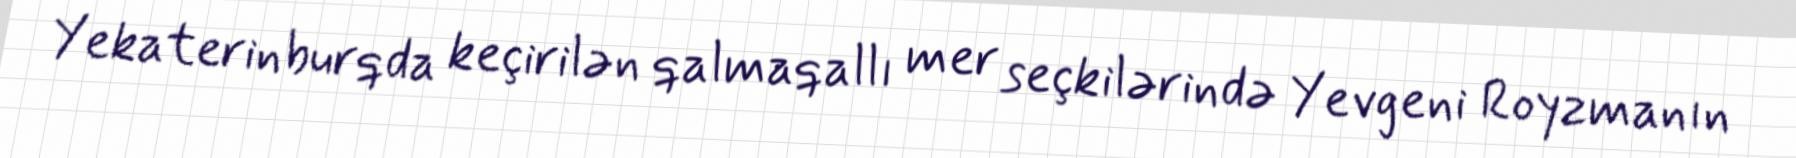
Yekaterinburqda keçirilən qalmaqallı mer seçkilərində Yevgeni Royzmanın